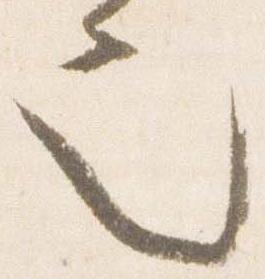
也